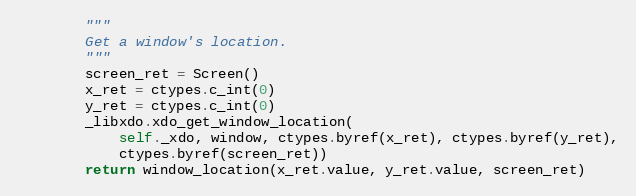
Language: Python
        """
        Get a window's location.
        """
        screen_ret = Screen()
        x_ret = ctypes.c_int(0)
        y_ret = ctypes.c_int(0)
        _libxdo.xdo_get_window_location(
            self._xdo, window, ctypes.byref(x_ret), ctypes.byref(y_ret),
            ctypes.byref(screen_ret))
        return window_location(x_ret.value, y_ret.value, screen_ret)